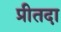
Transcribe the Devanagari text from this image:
प्रीतदा